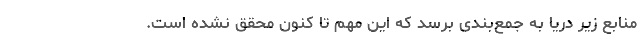
منابع زیر دریا به جمع‌بندی برسد که این مهم تا کنون محقق نشده است.